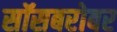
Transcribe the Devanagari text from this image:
सॉसबरोबर